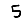
Digit: 5